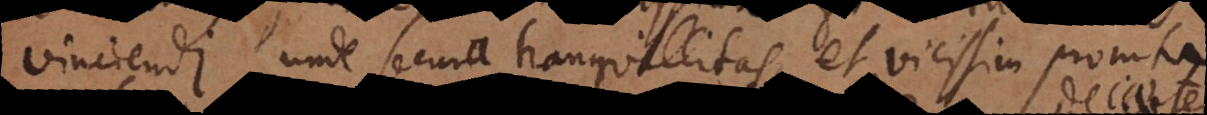
vinciendi, unde secura tranquillitas, et vicissim promta